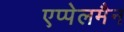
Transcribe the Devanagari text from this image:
एप्पेलमैन